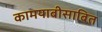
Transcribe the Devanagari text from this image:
कामयाबीसाबित